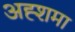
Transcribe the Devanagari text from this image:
अह्शमा